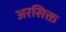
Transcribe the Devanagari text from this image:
अरसिक्त